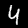
Label: 4